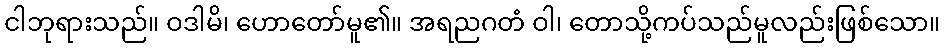
ငါဘုရားသည်။ ဝဒါမိ၊ ဟောတော်မူ၏။ အရညဂတံ ဝါ၊ တောသို့ကပ်သည်မူလည်းဖြစ်သော။